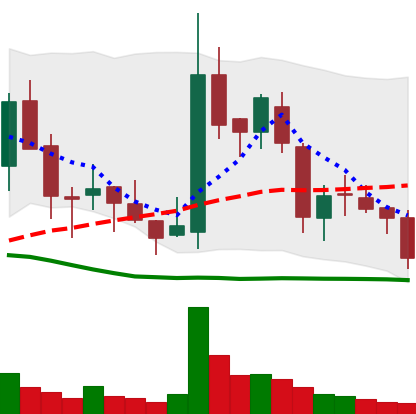
Ticker: BNB-USD
Chart end date: 2018-05-28
Forward return: 23.418%
Label: up_7plus